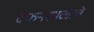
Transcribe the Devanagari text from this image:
दफनस्थळाचे